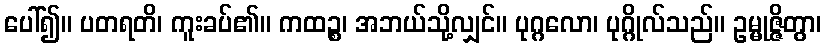
ပေါ်၍။ ပတရတိ၊ ကူးခပ်၏။ ကထဉ္စ၊ အဘယ်သို့လျှင်။ ပုဂ္ဂလော၊ ပုဂ္ဂိုလ်သည်။ ဥမ္မုဇ္ဇိတွာ၊